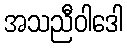
အသညီဝါဒေါ